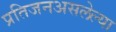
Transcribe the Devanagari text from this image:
प्रतिजनअसलेल्या